Lunatic asylums Punjab 1895-1910 - 1895-1910
Year: 1895
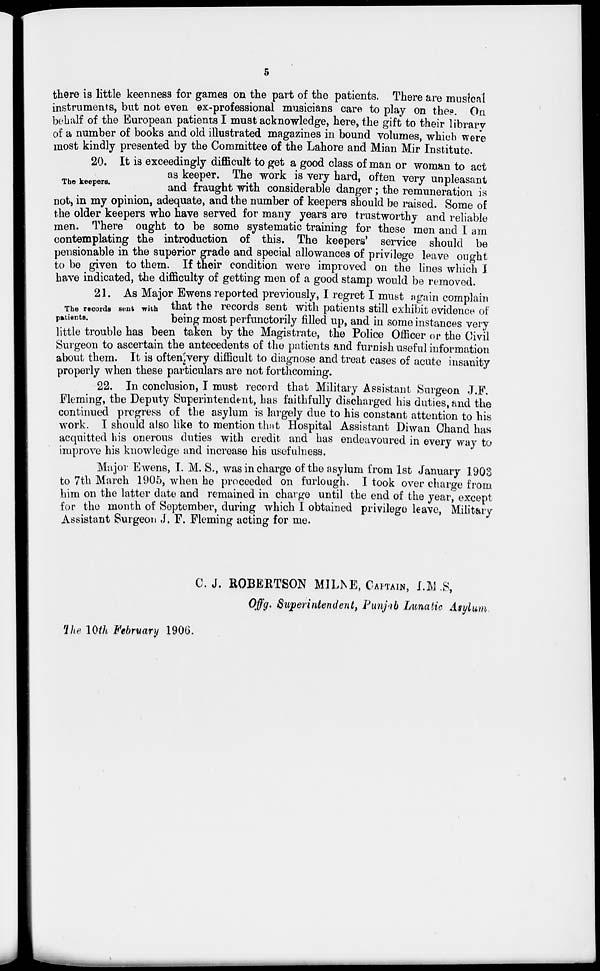
5
there is little keenness for games on the part of the patients. There are musical
instruments, but not even ex-professional musicians care to play on thes. On
behalf of the European patients I must acknowledge, here, the gift to their library
of a number of books and old illustrated magazines in bound volumes, which were
most kindly presented by the Committee of the Lahore and Mian Mir Institute.
The keepers.
20. It is exceedingly difficult to get a good class of man or woman to act
as keeper. The work is very hard, often very unpleasant
and fraught with considerable danger; the remuneration is
not, in my opinion, adequate, and the number of keepers should be raised. Some of
the older keepers who have served for many years are trustworthy and reliable
men. There ought to be some systematic training for these men and I am
contemplating the introduction of this. The keepers' service should be
pensionable in the superior grade and special allowances of privilege leave ought
to be given to them. If their condition were improved on the lines which I
have indicated, the difficulty of getting men of a good stamp would be removed.
The records sent with
patients.
21. As Major Ewens reported previously, I regret I must again complain
that the records sent with patients still exhibit evidence of
being most perfunctorily filled up, and in some instances very
little trouble has been taken by the Magistrate, the Police Officer or the Civil
Surgeon to ascertain the antecedents of the patients and furnish useful information
about them. It is often very difficult to diagnose and treat cases of acute insanity
properly when these particulars are not forthcoming.
22. In conclusion, I must record that Military Assistant Surgeon J.F.
Fleming, the Deputy Superintendent, has faithfully discharged his duties, and the
continued progress of the asylum is largely due to his constant attention to his
work. I should also like to mention that Hospital Assistant Diwan Chand has
acquitted his onerous duties with credit and has endeavoured in every way to
improve his knowledge and increase his usefulness.
Major Ewens, I. M. S., was in charge of the asylum from 1st January 1903
to 7th March 1905, when he proceeded on furlough. I took over charge from
him on the latter date and remained in charge until the end of the year, except
for the month of September, during which I obtained privilege leave, Military-
Assistant Surgeon J. F. Fleming acting for me.
C.J. ROBERTSON MILNE, CAPTAIN, I.M.S,
Offg. Superintendent, Punjab Lunatic Asylum
The 10th February 1906.